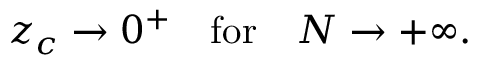
z _ { c } \to 0 ^ { + } \quad \mathrm { f o r } \quad N \to + \infty .